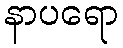
နာပရော